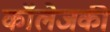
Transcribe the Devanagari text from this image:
कॉलेजकी